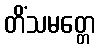
တိံသမတ္တေ